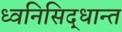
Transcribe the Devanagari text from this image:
ध्वनिसिद्धान्त